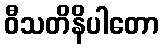
ဝီသတိနိပါတော